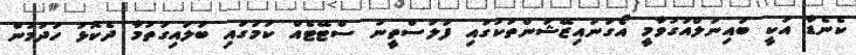
ކެނެޑާ އަކީ ބައިނަލްއަގުވާމީ އޯގަނައިޒޭޝަންތަކުގައި ފަލަސްތީނު ސްޓޭޓެއް ކަމުގައި ބަލައިގަތުމާ ދެކޮޅު ހަދަމުން